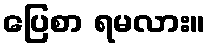
ပြေစာ ရမလား။